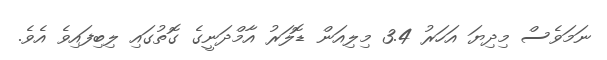
ނަމަވެސް މިދިޔަ އަހަރު 3.4 މިލިއަން ޑޮލަރު އާމްދަނީގެ ގޮތުގައި ލިބިފައިވެ އެވެ.